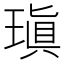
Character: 瑱